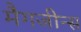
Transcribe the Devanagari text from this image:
मैगजीन्स